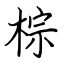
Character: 棕